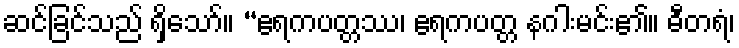
ဆင်ခြင်သည် ရှိသော်။ “ဧရကပတ္တဿ၊ ဧရကပတ္တ နဂါးမင်း၏။ ဓီတရံ၊